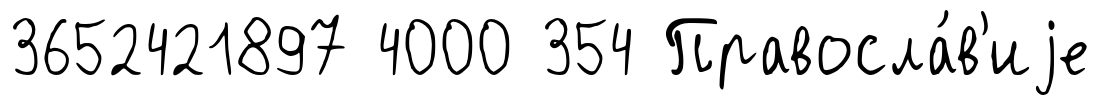
3652421897 4000 354 Правосла́в'иjе